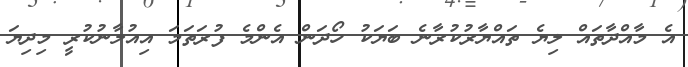
އެ މާއްދާތައް ލިޔެ ތައްޔާރުކުރާނެ ބަޔަކު ހޯދަން އެންމެ ފުރަތަމަ އިއުލާނުކުރީ މިދިޔަ